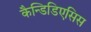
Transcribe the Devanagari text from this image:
कैन्डिडिएसिस